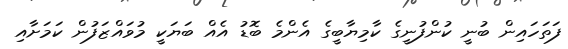
ފަތަހައިން ބުނީ ކުންފުނީގެ ކާމިޔާބީގެ އެންމެ ބޮޑު އެއް ބަޔަކީ މުވައްޒަފުން ކަމަށާއި